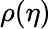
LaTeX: \rho(\eta)